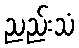
ညည်းသံ